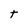
Character: t